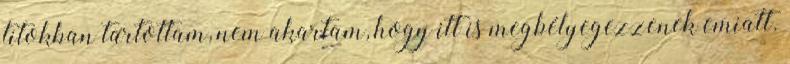
titokban tartottam, nem akartam, hogy itt is megbélyegezzenek emiatt.